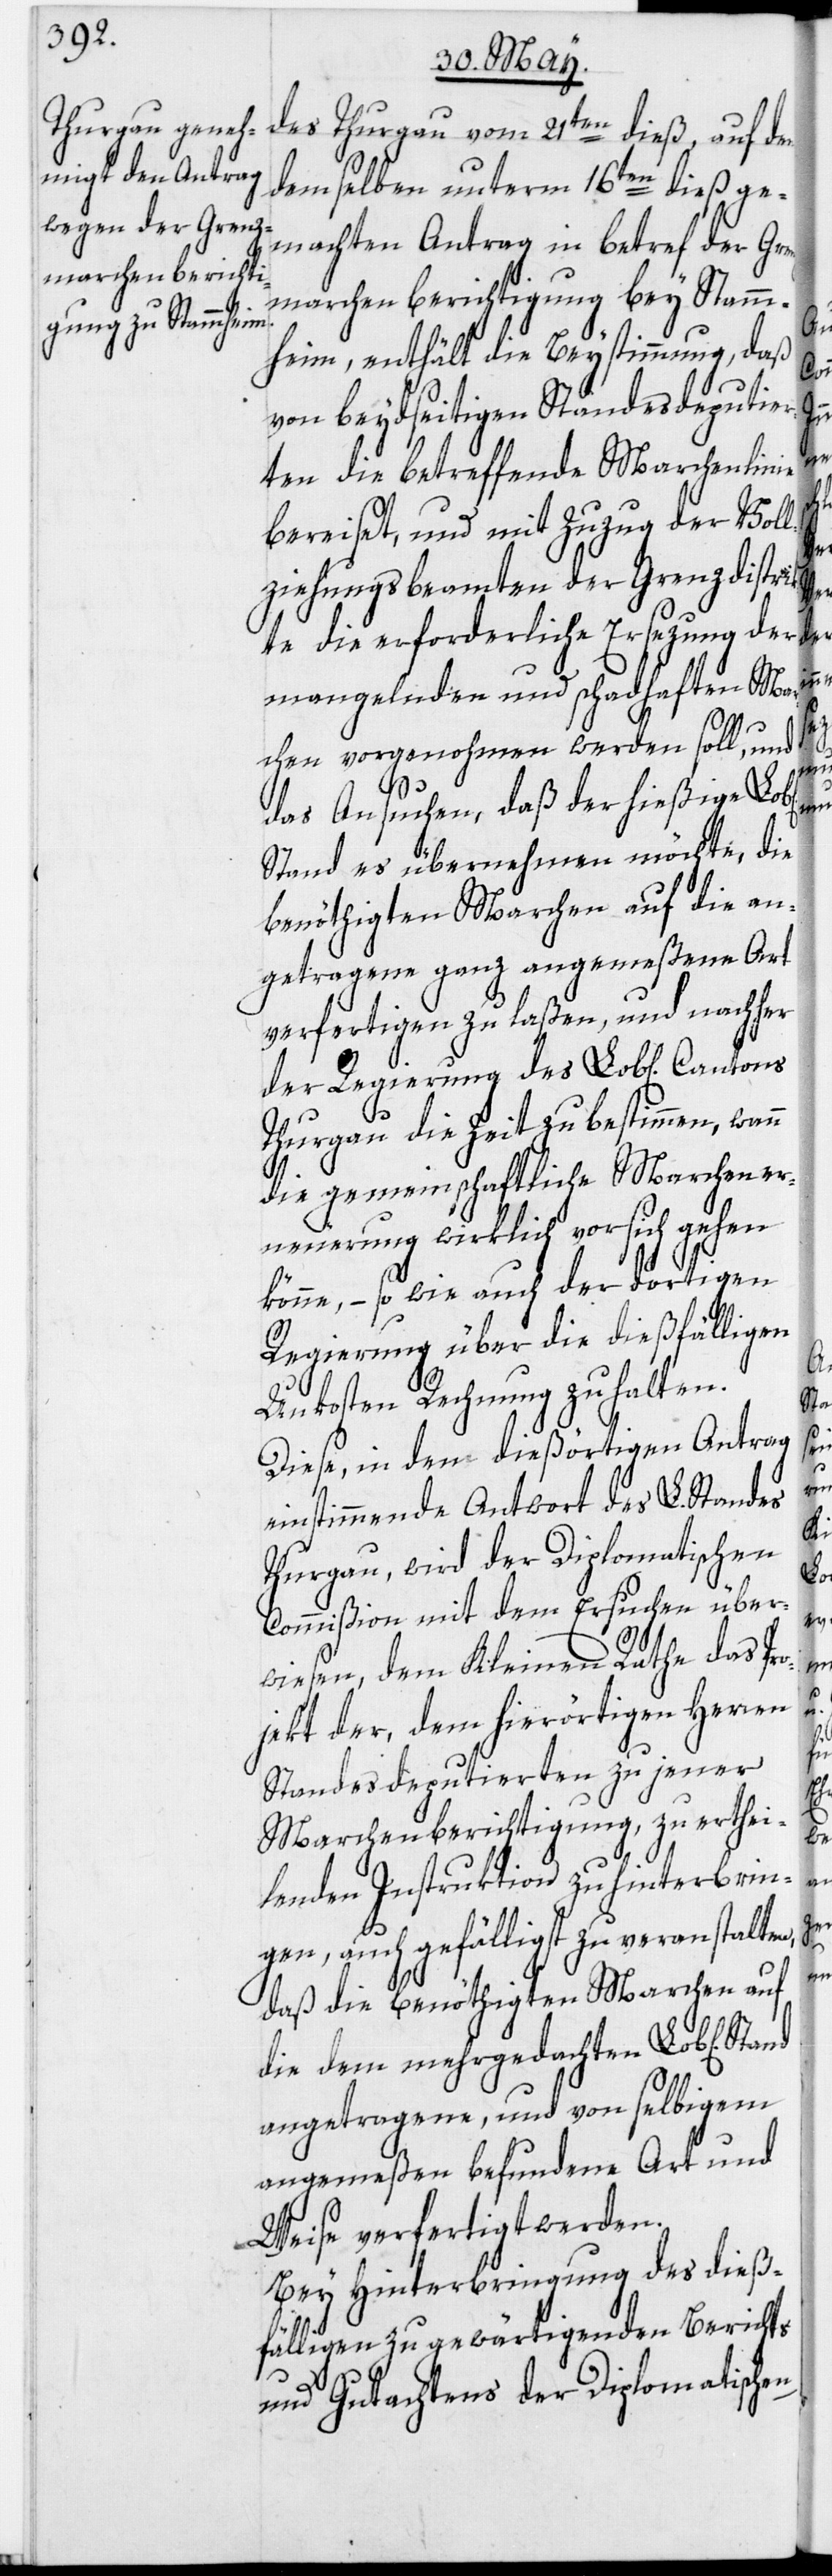
des Thurgau vom 21ten dieß, auf den
demselben unterm 16ten dieß ge¬
machten Antrag in betref der Gre¬
marchenberichtigung bey Stamm¬
heim, enthält die Beystimmung, daß
von beydseitigen Standesdeputier¬
ten die betreffende Marchenlinie
bereiset, und mit Zuzug der Voll¬
des
ziehungsbeamten der Grenzdistrik¬
te die erforderliche Ersezung der
mangelnden und schadhaften Mar¬
chen vorgenohmen werden soll, und d¬
antons
as Ansuchen, daß der hießige Lob[li¬
Stand es übernehmen möchte, die
benöthigten Marchen auf die an¬
getragene ganz angemeßene Art
verfertigen zu laßen, und nachher
Thurgau die Zeit zu bestimmen, wann
die gemeinschaftliche Marchener¬
neuerung wirklich vor sich gehen
könne, – so wie auch der dortigen
Regierung über die dießfälligen
Unkosten Rechnung zu halten.
Diese, in dem dießörtigen Antrag
einstimmende Antwort des L. Standes
Thurgau, wird der Diplomatischen
Commißion mit dem Ersuchen über¬
wiesen, dem Kleinen Rathe das Pr¬
jekt der, dem hierörtigen Herren
Standesdeputierten zu jener
Marchenberichtigung, zu erthei¬
o¬
lenden Instruktion zu hinterbrin¬
gen, auch gefälligst zu veranstalten,
daß die benöthigten Marchen auf
die dem mehrgedachten Lob[lichen]
angetragene, und von selbigem
angemeßen befundene Art und
Weise verfertigt werden.
Bey Hinterbringung des dieß¬
fälligen zu gewärtigenden Berichts
und Gutachtens der Diplomatischen